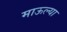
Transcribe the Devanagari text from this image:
माऊल्या